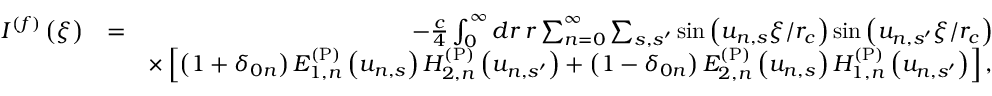
\begin{array} { r l r } { I ^ { ( f ) } \left( \xi \right) } & { = } & { - \frac { c } { 4 } \int _ { 0 } ^ { \infty } d r \, r \sum _ { n = 0 } ^ { \infty } \sum _ { s , s ^ { \prime } } \sin \left( u _ { n , s } \xi / r _ { c } \right) \sin \left( u _ { n , s ^ { \prime } } \xi / r _ { c } \right) } \\ & { } & { \times \left[ \left( 1 + \delta _ { 0 n } \right) E _ { 1 , n } ^ { \mathrm { ( P ) } } \left( u _ { n , s } \right) H _ { 2 , n } ^ { \mathrm { ( P ) } } \left( u _ { n , s ^ { \prime } } \right) + \left( 1 - \delta _ { 0 n } \right) E _ { 2 , n } ^ { \mathrm { ( P ) } } \left( u _ { n , s } \right) H _ { 1 , n } ^ { \mathrm { ( P ) } } \left( u _ { n , s ^ { \prime } } \right) \right] , } \end{array}